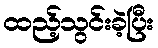
ထည့်သွင်းခဲ့ပြီး